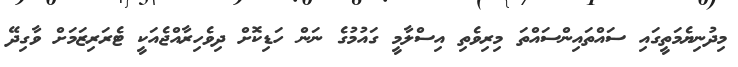
މިދުނިޔެމަތީގައި ސައްތައިންސައްތަ މިރިވެތި އިސްލާމީ ގައުމުގެ ނަން ހަޑިކޮށް ދިވެހިރާއްޖެއަކީ ޓެރަރިޒަމަށް ވާގިދޭ